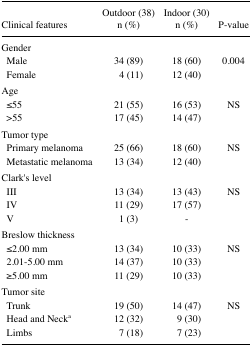
<table><thead><tr><td><b>Clinical features</b></td><td><b>Outdoor (38)n (%)</b></td><td><b>Indoor (30)n (%)</b></td><td><b>P-value</b></td></tr></thead><tbody><tr><td colspan="4">Gender</td></tr><tr><td> Male</td><td>34 (89)</td><td>18 (60)</td><td>0.004</td></tr><tr><td> Female</td><td>4 (11)</td><td>12 (40)</td><td></td></tr><tr><td colspan="4">Age</td></tr><tr><td> ≤55</td><td>21 (55)</td><td>16 (53)</td><td>NS</td></tr><tr><td> &gt;55</td><td>17 (45)</td><td>14 (47)</td><td></td></tr><tr><td colspan="4">Tumor type</td></tr><tr><td> Primary melanoma</td><td>25 (66)</td><td>18 (60)</td><td>NS</td></tr><tr><td> Metastatic melanoma</td><td>13 (34)</td><td>12 (40)</td><td></td></tr><tr><td colspan="4">Clark’s level</td></tr><tr><td> III</td><td>13 (34)</td><td>13 (43)</td><td>NS</td></tr><tr><td> IV</td><td>11 (29)</td><td>17 (57)</td><td></td></tr><tr><td> V</td><td>1 (3)</td><td>-</td><td></td></tr><tr><td colspan="4">Breslow thickness</td></tr><tr><td> ≤2.00 mm</td><td>13 (34)</td><td>10 (33)</td><td>NS</td></tr><tr><td> 2.01–5.00 mm</td><td>14 (37)</td><td>10 (33)</td><td></td></tr><tr><td> ≥5.00 mm</td><td>11 (29)</td><td>10 (33)</td><td></td></tr><tr><td colspan="4">Tumor site</td></tr><tr><td> Trunk</td><td>19 (50)</td><td>14 (47)</td><td>NS</td></tr><tr><td> Head and Necka</td><td>12 (32)</td><td>9 (30)</td><td></td></tr><tr><td> Limbs</td><td>7 (18)</td><td>7 (23)</td><td></td></tr></tbody></table>